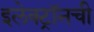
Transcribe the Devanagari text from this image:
इलेक्ट्राॅनची